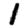
Digit: 1